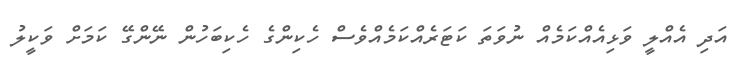
އަދި އެއްލީ ވަޅިއެއްކަމެއް ނުވަތަ ކަޓަރެއްކަމެއްވެސް ހެކިންގެ ހެކިބަހުން ނޭންގޭ ކަމަށް ވަކީލު